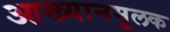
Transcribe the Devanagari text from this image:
आख्यानमूलक